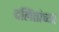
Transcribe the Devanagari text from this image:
दलिंतांच्या